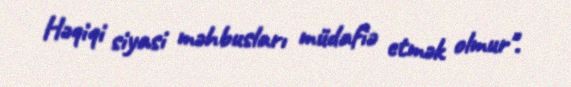
Həqiqi siyasi məhbusları müdafiə etmək olmur".